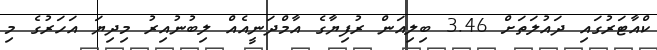
ކްއާޓަރުގައި ދައުލަތަށް 3.46 ބިލިއަން ރުފިޔާގެ އާމްދަނީއެއް ލިބުނުއިރު މިދިޔަ އަހަރުގެ މި